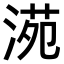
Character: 𣸱